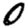
Digit: 0